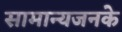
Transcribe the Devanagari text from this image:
सामान्यजनके